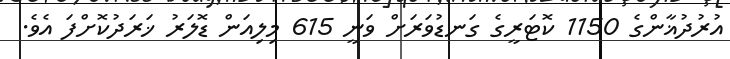
އުރުދުޣާންގެ 1150 ކޮޓަރީގެ ގަނޑުވަރަށް ވަނީ 615 މިލިއަން ޑޮލަރު ޚަރަދުކޮށްފަ އެވެ.